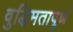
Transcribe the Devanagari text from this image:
वुद्धिमतापूर्ण